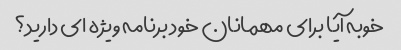
خوبه آیا برای مهمانان خود برنامه ویژه ای دارید؟